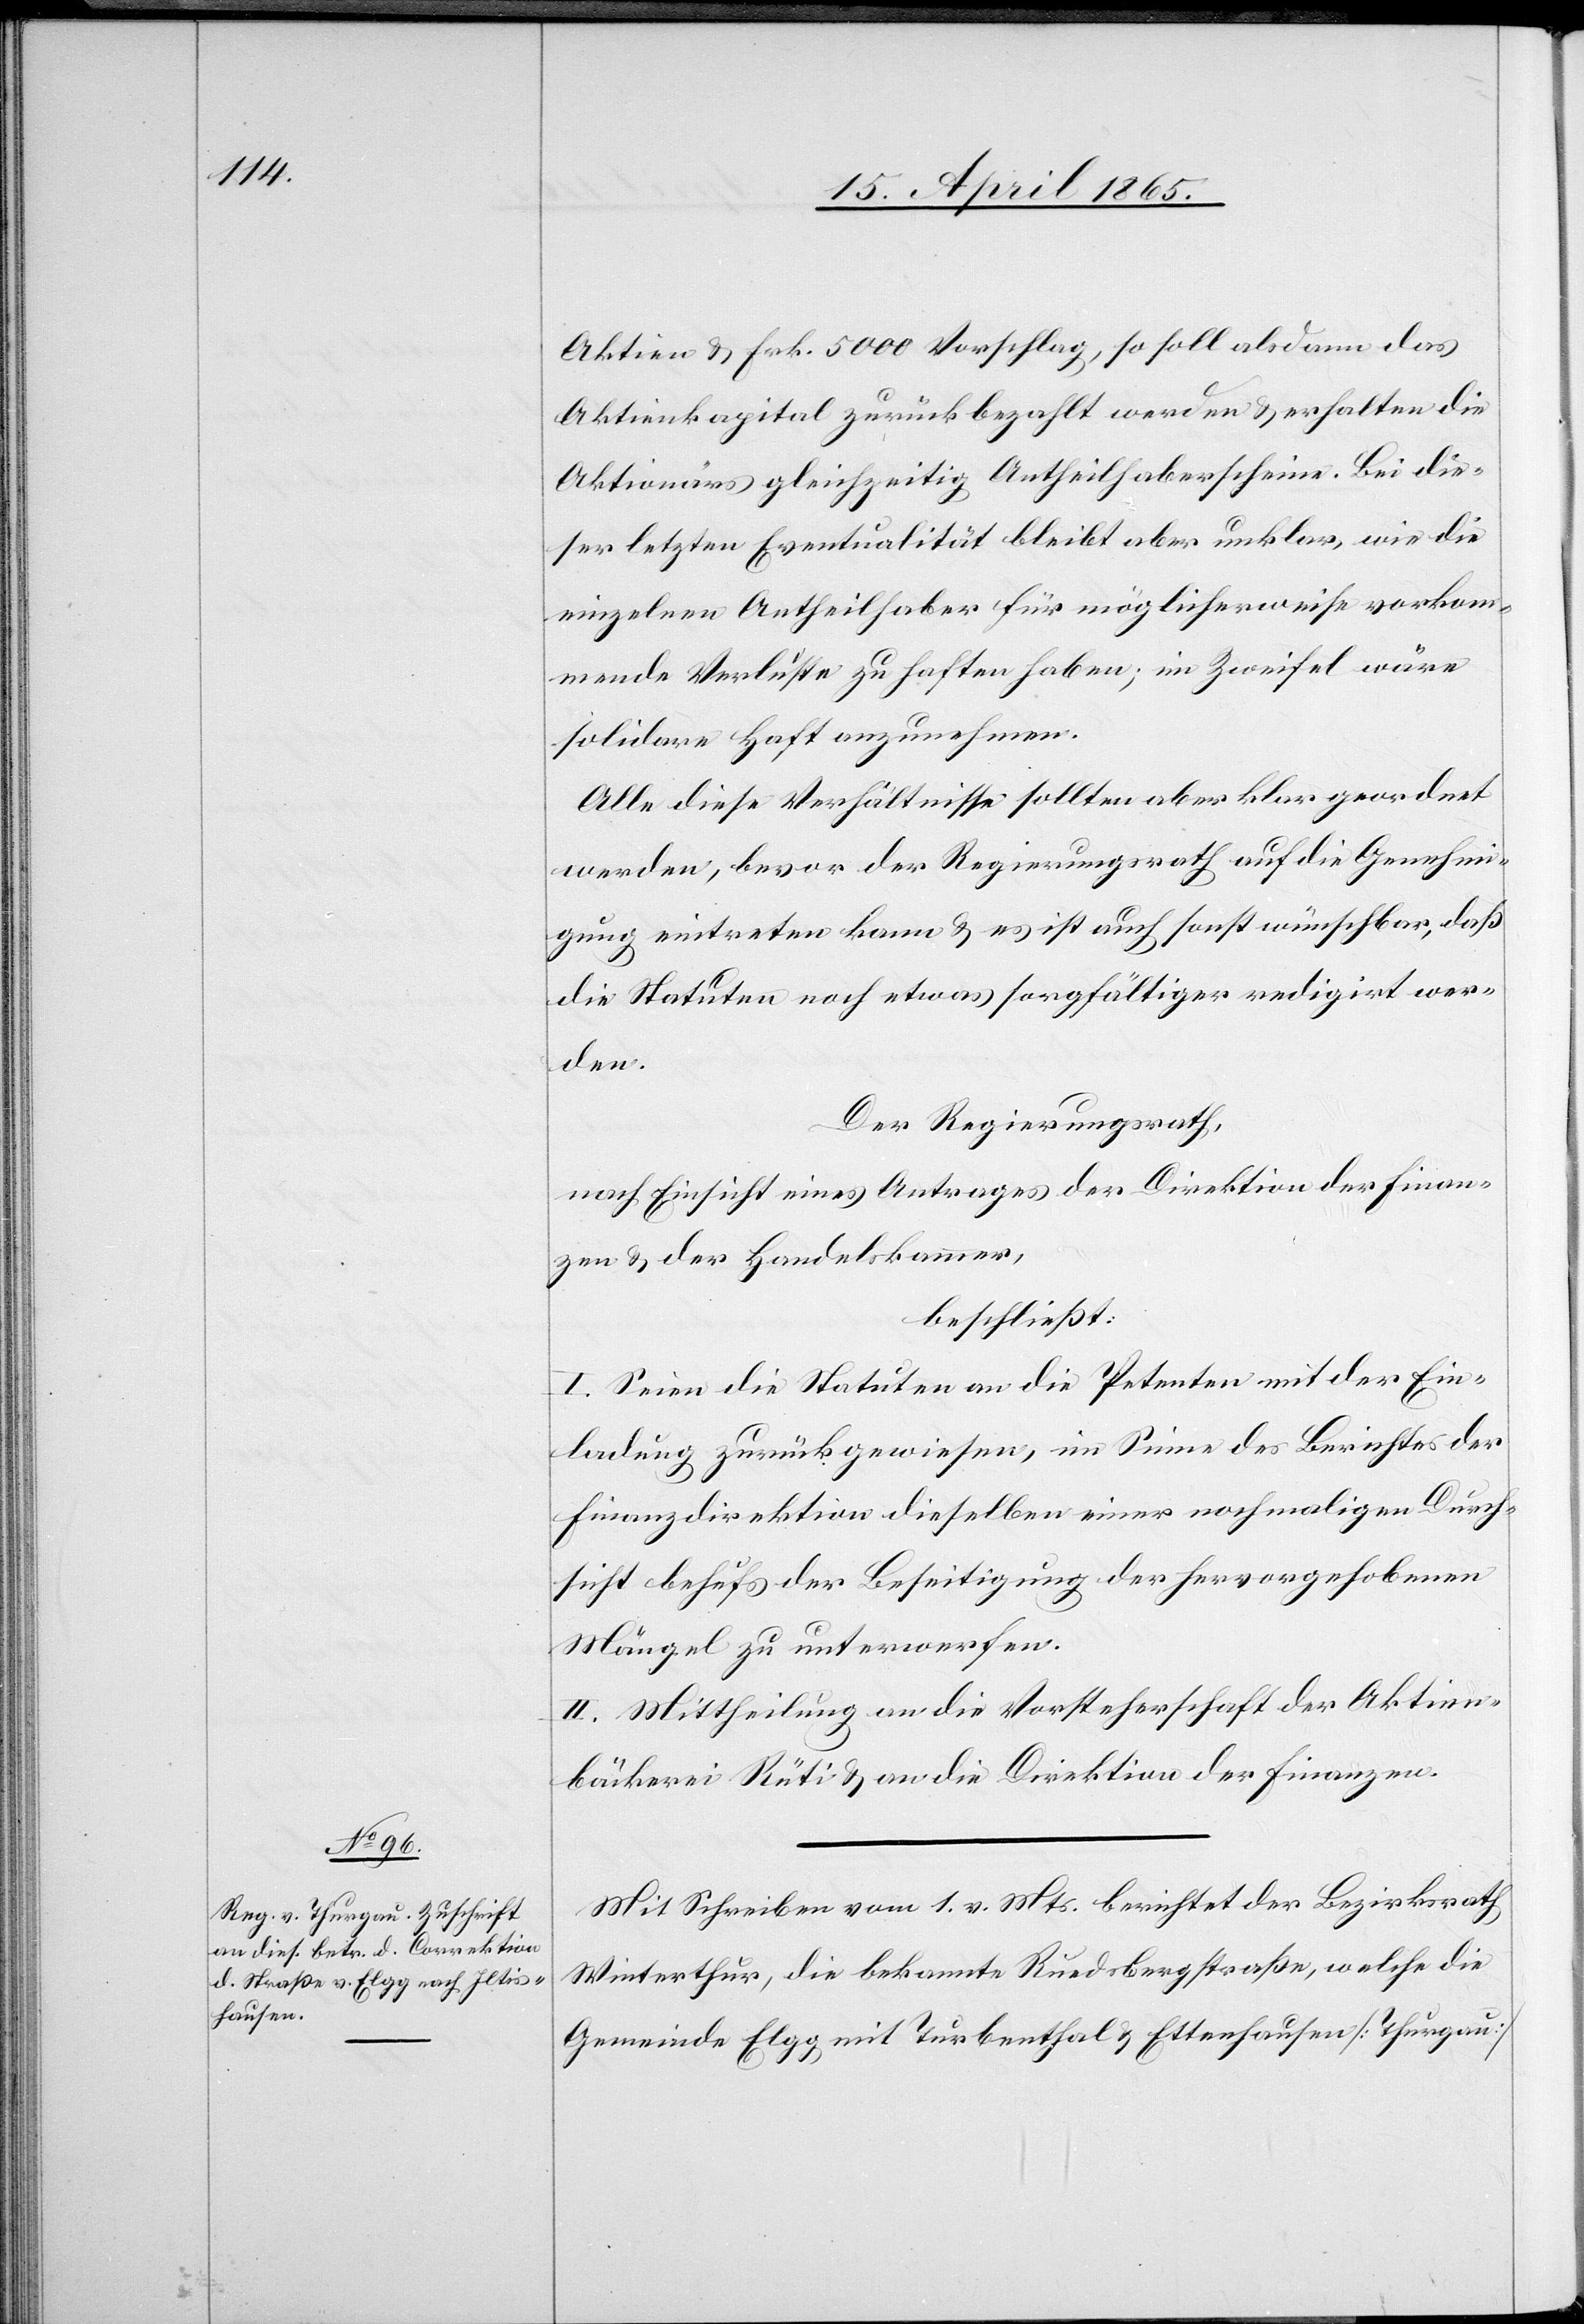
Aktien & Frk. 5000 Vorschlag, so soll alsdann das
Aktienkapital zurück bezahlt werden & erhalten die
Aktionärs gleichzeitig Antheilhaberscheine. Bei die¬
ser letzten Eventualität bleibt aber unklar, wie die
einzelnen Antheilhaber für möglicherweise vorkom¬
mende Verluste zu haften haben; im Zweifel wäre
solidare Haft anzunehmen.
Alle diese Verhältnisse sollten aber klar geordnet
werden, bevor der Regierungsrath auf die Genehmi¬
gung eintreten kann & es ist auch sonst wünschbar, daß
die Statuten noch etwas sorgfältiger redigirt wer¬
den.
Der Regierungsrath,
nach Einsicht eines Antrages der Direktion der Finan¬
zen & der Handelskammer,
beschließt:
I. Seien die Statuten an die Petenten mit der Ein¬
ladung zurückgewiesen, im Sinne des Berichtes der
Finanzdirektion dieselben einer nochmaligen Durch¬
sicht behufs der Beseitigung der hervorgehobenen
Mängel zu unterwerfen.
II. Mittheilung an die Vorsteherschaft der Aktien¬
bäckerei Rüti & an die Direktion der Finanzen.
Mit Schreiben vom 1. v. Mts. berichtet der Bezirksrath
Winterthur, die bekannte Ruedsbergstraße, welche die
Gemeinde Elgg mit Turbenthal & Ettenhausen [Thurgau]